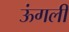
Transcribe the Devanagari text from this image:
ऊंगली